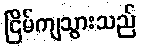
ငြိမ်ကျသွားသည်